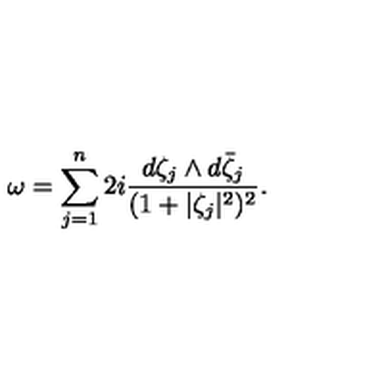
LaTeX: \omega = \sum _ { j = 1 } ^ { n } 2 i \frac { d \zeta _ { j } \wedge d \bar { \zeta } _ { j } } { ( 1 + | \zeta _ { j } | ^ { 2 } ) ^ { 2 } } .